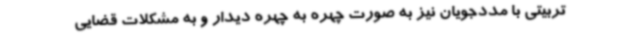
تربیتی با مددجویان نیز به صورت چهره به چهره دیدار و به مشکلات قضایی